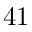
4 1